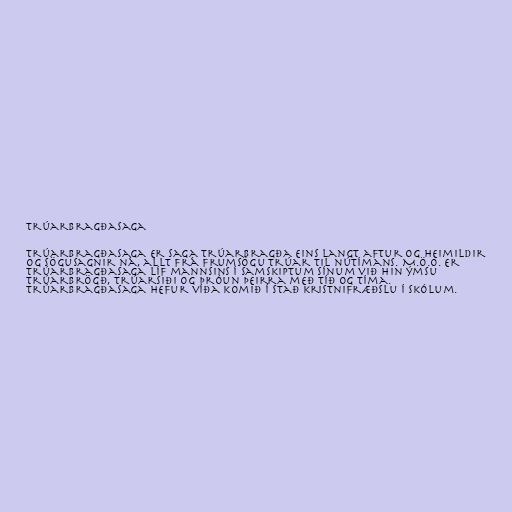
Trúarbragðasaga

Trúarbragðasaga er saga trúarbragða eins langt aftur og heimildir
og sögusagnir ná, allt frá frumsögu trúar til nútímans. M.ö.o. er
trúarbragðasaga líf mannsins í samskiptum sínum við hin ýmsu
trúarbrögð, trúarsiði og þróun þeirra með tíð og tíma.
Trúarbragðasaga hefur víða komið í stað kristnifræðslu í skólum.